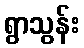
ရွာသွန်း